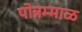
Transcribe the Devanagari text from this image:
पोन्नम्माळ